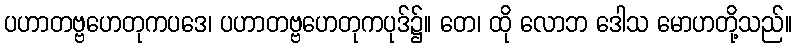
ပဟာတဗ္ဗဟေတုကပဒေ၊ ပဟာတဗ္ဗဟေတုကပုဒ်၌။ တေ၊ ထို လောဘ ဒေါသ မောဟတို့သည်။